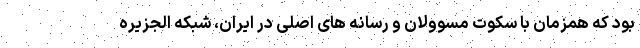
بود که همزمان با سکوت مسوولان و رسانه های اصلی در ایران، شبکه الجزیره